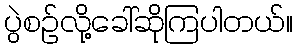
ပွဲစဉ်လို့ခေါ်ဆိုကြပါတယ်။